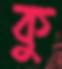
কু